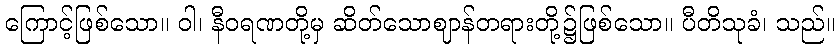
ကြောင့်ဖြစ်သော။ ဝါ၊ နီဝရဏတို့မှ ဆိတ်သောဈာန်တရားတို့၌ဖြစ်သော။ ပီတိသုခံ၊ သည်။